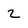
Character: 2